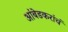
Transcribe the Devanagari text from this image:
आंबेडकरांचं